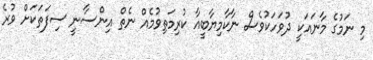
މި ނަމުގެ މާނައަކީ ދުވަހަކުވެސް ނާކާމިޔާބީއާ ކުރިމަތިވުމެއް ނެތް އިންސާނީ ސިފަތަކަށް ވުރެ